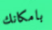
بامكانك